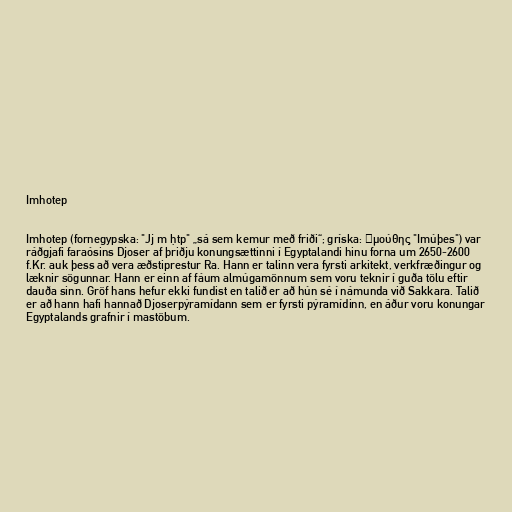
Imhotep

Imhotep (fornegypska: "Jj m ḥtp" „sá sem kemur með friði“; gríska: Ἰμούθης "Imúþes") var
ráðgjafi faraósins Djoser af þriðju konungsættinni í Egyptalandi hinu forna um 2650-2600
f.Kr. auk þess að vera æðstiprestur Ra. Hann er talinn vera fyrsti arkitekt, verkfræðingur og
læknir sögunnar. Hann er einn af fáum almúgamönnum sem voru teknir í guða tölu eftir
dauða sinn. Gröf hans hefur ekki fundist en talið er að hún sé í námunda við Sakkara. Talið
er að hann hafi hannað Djoserpýramídann sem er fyrsti pýramídinn, en áður voru konungar
Egyptalands grafnir í mastöbum.